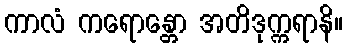
ကာလံ ကရောန္တော အတိဒုက္ကရာနိ။